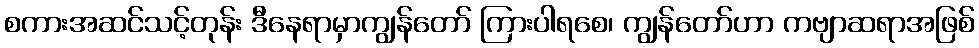
စကားအဆင်သင့်တုန်း ဒီနေရာမှာကျွန်တော် ကြားပါရစေ၊ ကျွန်တော်ဟာ ကဗျာဆရာအဖြစ်